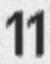
11